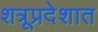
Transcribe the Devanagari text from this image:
शत्रूप्रदेशात